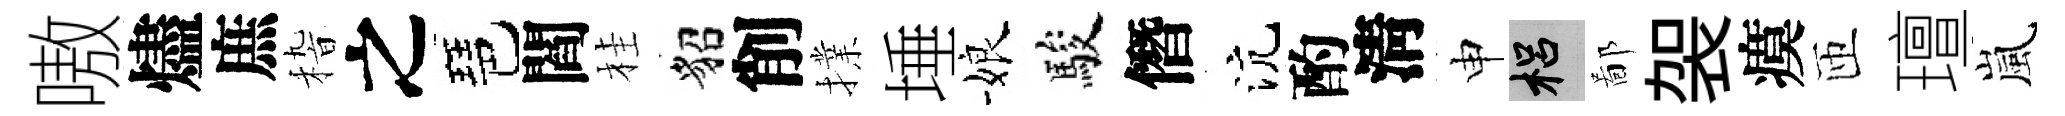
嗷燼庶𥟵之琶閻桂貂削擈埵娘駿僭沆酌淸申梠鄙袈瘼匝璮嵐